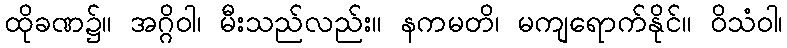
ထိုခဏ၌။ အဂ္ဂိဝါ၊ မီးသည်လည်း။ နကမတိ၊ မကျရောက်နိုင်။ ဝိသံဝါ၊